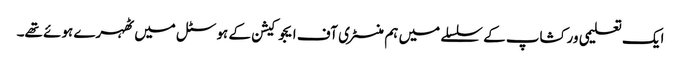
ایک تعلیمی ورکشاپ کے سلسلے میں ہم منسٹری آف ایجوکیشن کے ہوسٹل میں ٹھہرے ہوئے تھے۔